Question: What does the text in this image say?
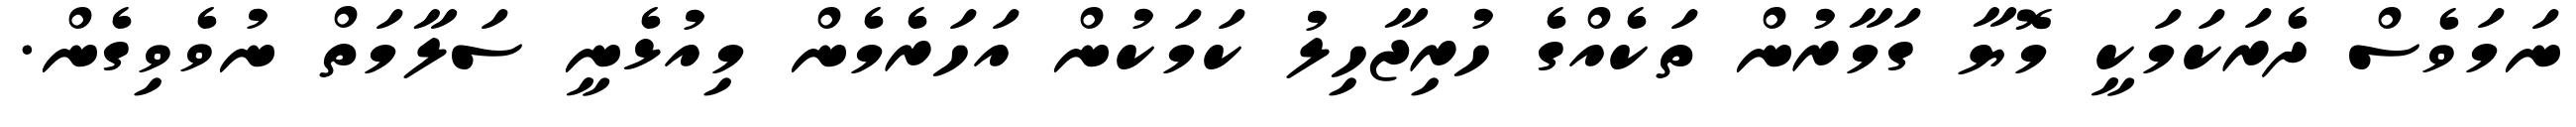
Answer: ނަމަވެސް ދެރަކަމަކީ މޮޔާ ގަމާރުން ތަކެއްގެ ހުރިޖާހިލު ކަމަކުން އަހަރެމެން މިއުޅެނީ ސަލާމަތް ނުވެވިގެން.